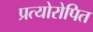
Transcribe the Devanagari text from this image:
प्रत्योरोपित